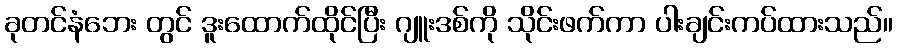
ခုတင်နံဘေး တွင် ဒူးထောက်ထိုင်ပြီး ဂျူးဒစ်ကို သိုင်းဖက်ကာ ပါးချင်းကပ်ထားသည်။